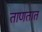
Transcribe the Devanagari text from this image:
ताणतात